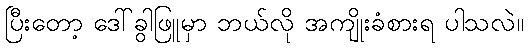
ပြီးတော့ ဒေါ်ခွါဖြူမှာ ဘယ်လို အကျိုးခံစားရ ပါသလဲ။